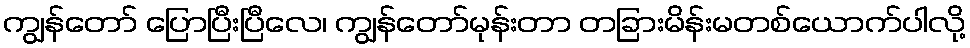
ကျွန်တော် ပြောပြီးပြီလေ၊ ကျွန်တော်မုန်းတာ တခြားမိန်းမတစ်ယောက်ပါလို့